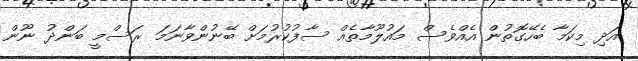
އަދި މިކަމާ ބެހޭގޮތުން އެއްވެސް މައުލޫމާތެއް ސާފުކުރުމަށް ބޭނުންވާނަމަ ރަސްމީ ބަންދު ނޫން